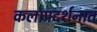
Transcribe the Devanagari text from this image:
कलाप्रदर्शनात